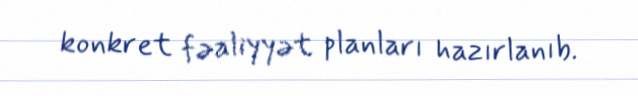
konkret fəaliyyət planları hazırlanıb.